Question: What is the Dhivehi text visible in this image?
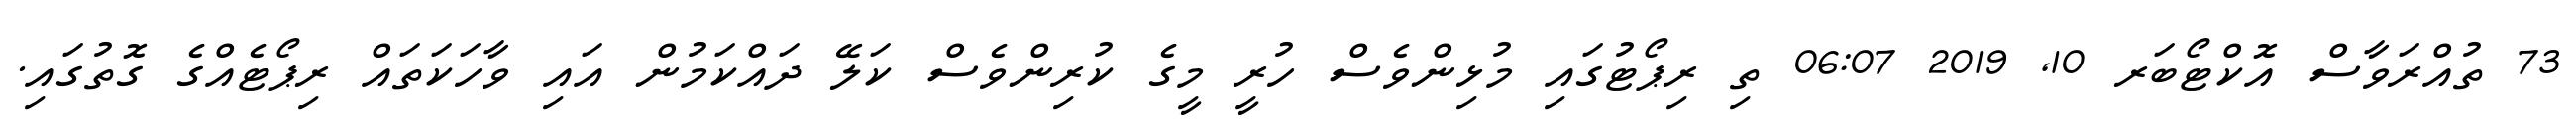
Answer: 73 ތުއްރަވާސް އޮކްޓޯބަރ 10, 2019 06:07 ތި ރިޕޯޓުގައި މުޅިންވެސް ހުރީ މީގެ ކުރިންވެސް ކަލޭ ދައްކަމުން އައި ވާހަކަތައް ރިޕޯޓެއްގެ ގޮތުގައި.